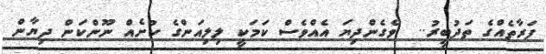
ފަރާތެއްގެ ތަދުބީރު..  ވެގެންދިޔަ އެއްވެސް ކަމަކީ ލިލިއަންގެ ކުށެއް ނޫންކަން ދިޔާން